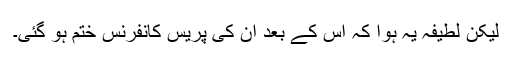
لیکن لطیفہ یہ ہوا کہ اس کے بعد ان کی پریس کانفرنس ختم ہو گئی۔